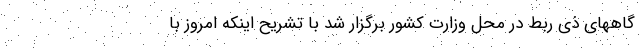
گاههای ذی ربط در محل وزارت کشور برگزار شد با تشریح اینکه امروز با